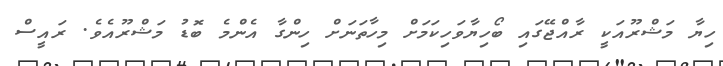
ހިޔާ މަޝްރޫއަކީ ރާއްޖޭގައި ބޯހިޔާވަހިކަމަށް މިހާތަނަށް ހިންގާ އެންމެ ބޮޑު މަޝްރޫއެވެ. ރައީސް